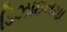
ડિઝાઇનમા